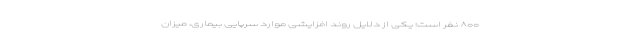
۸۰۰ نفر است؛ یکی از دلایل روند افزایشی موارد سرپایی بیماری، میزان